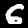
Label: 6